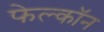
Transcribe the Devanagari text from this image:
फेल्काॅन